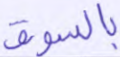
بالسوق